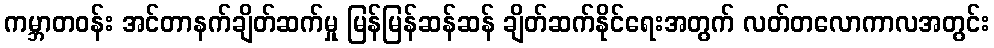
ကမ္ဘာတဝန်း အင်တာနက်ချိတ်ဆက်မှု မြန်မြန်ဆန်ဆန် ချိတ်ဆက်နိုင်ရေးအတွက် လတ်တလောကာလအတွင်း